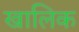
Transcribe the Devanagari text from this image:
खालिक